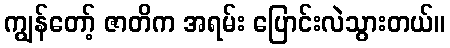
ကျွန်တော့် ဇာတိက အရမ်း ပြောင်းလဲသွားတယ်။